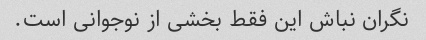
نگران نباش این فقط بخشی از نوجوانی است.